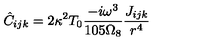
\hat { C } _ { i j k } = 2 \kappa ^ { 2 } T _ { 0 } \frac { - i \omega ^ { 3 } } { 1 0 5 \Omega _ { 8 } } \frac { J _ { i j k } } { r ^ { 4 } }